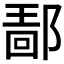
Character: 𰻴